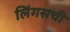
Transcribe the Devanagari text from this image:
लिंगसची